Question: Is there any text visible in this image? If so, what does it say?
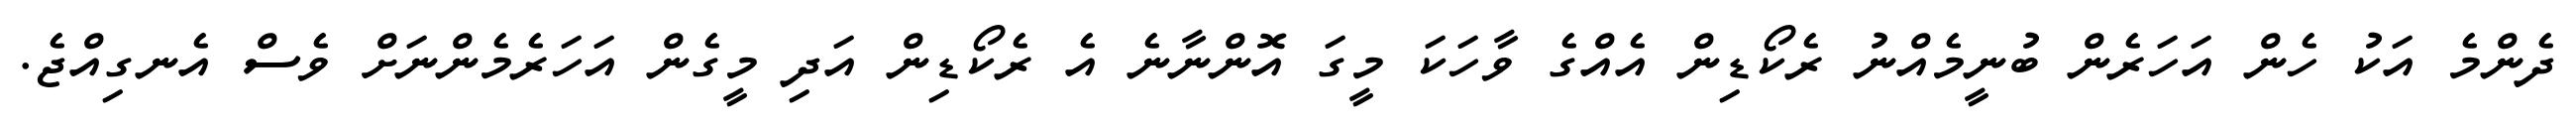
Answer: ދެންމެ އަކު ހެން އަހަރެން ބުނީމެއްނު ރެކޯޑިން އެއްގެ ވާހަކަ މީގަ އޮންނާނެ އެ ރެކޯޑިން އަދި މީގެން އަހަރެމެންނަށް ވެސް އެނގިއްޖެ.